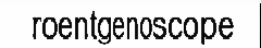
roentgenoscope